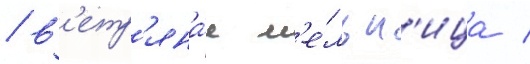
/ в'етр'яна́я м'е́льн'ица /